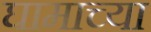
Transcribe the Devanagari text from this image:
घामाच्या